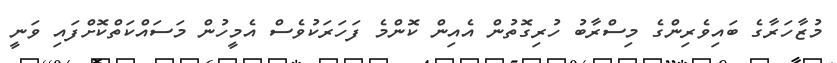
މުޒާހަރާގެ ބައިވެރިންގެ މިސްރާބު ހުރިގޮތުން އެއިން ކޮންމެ ފަހަރަކުވެސް އެމީހުން މަސައްކަތްކޮށްފައި ވަނީ